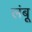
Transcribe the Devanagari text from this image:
लंबू